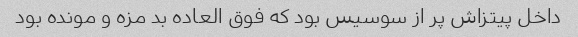
داخل پیتزاش پر از سوسیس بود که فوق العاده بد مزه و مونده بود